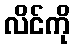
လိင်ကို